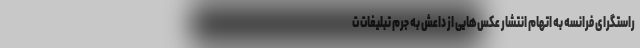
راستگرای فرانسه به اتهام انتشار عکس‌هایی از داعش به جرم تبلیغات ت